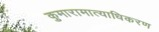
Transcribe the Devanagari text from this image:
कुमारामात्याधिकरण